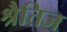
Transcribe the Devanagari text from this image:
श्रैतिज